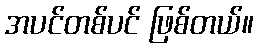
အပင်တစ်ပင် ဖြစ်တယ်။